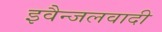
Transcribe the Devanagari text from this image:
इवैन्जलवादी